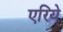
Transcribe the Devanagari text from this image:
एरिये